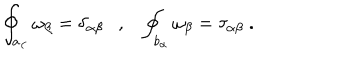
LaTeX: \oint _ { a _ { \alpha } } \omega _ { \beta } = \delta _ { \alpha \beta } , \oint _ { b _ { \alpha } } \omega _ { \beta } = \tau _ { \alpha \beta } ~ .